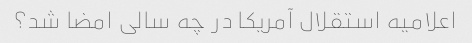
اعلامیه استقلال آمریکا در چه سالی امضا شد؟